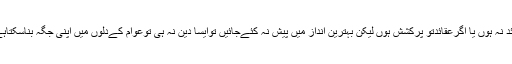
اگر کسی دین یا مکتب کے پاس پُرکشش عقائد نہ ہوں یا اگرعقائدتو پُرکشش ہوں لیکن بہترین انداز میں پیش نہ کئےجائیں توایسا دین نہ ہی توعوام کےدلوں میں اپنی جگہ بناسکتاہےاورنہ ہی کوئی معاشرہ تشکیل دےسکتاہے۔